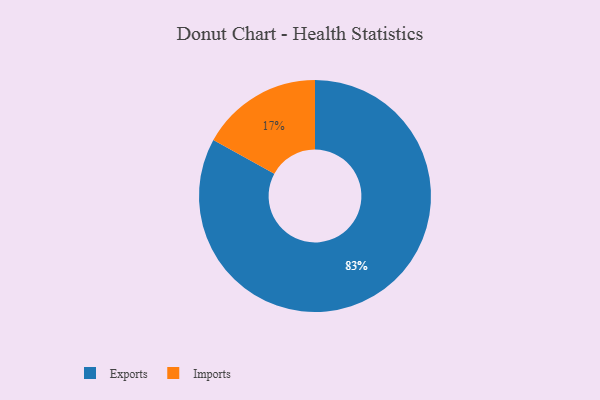
{"axis": {"x": "Category", "y": "Percentage"}, "legend": ["Exports", "Imports"], "data": [{"x": "Imports", "y": 17, "type": "Imports"}, {"x": "Exports", "y": 83, "type": "Exports"}]}